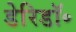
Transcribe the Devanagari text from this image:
डेरिडॉ॰